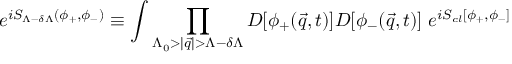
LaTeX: e ^ { i S _ { \Lambda - \delta \Lambda } ( \phi _ { + } , \phi _ { - } ) } \equiv \int \prod _ { \Lambda _ { 0 } > | { \vec { q } } | > \Lambda - \delta \Lambda } { \cal D } [ \phi _ { + } ( { \vec { q } } , t ) ] { \cal D } [ \phi _ { - } ( { \vec { q } } , t ) ] \; e ^ { i S _ { c l } [ \phi _ { + } , \phi _ { - } ] }